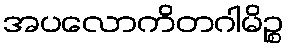
အပလောကိတဂါမိဉ္စ